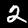
Label: 2